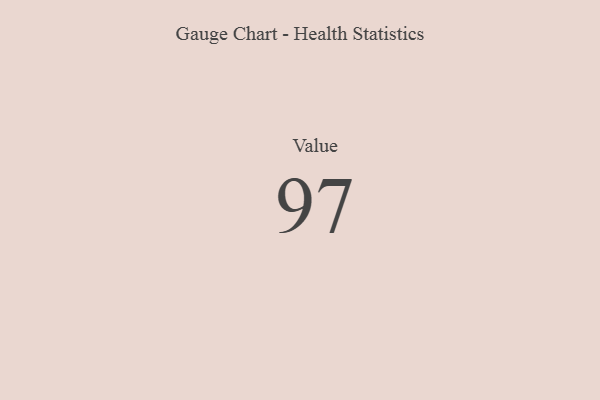
{"axis": {"x": "Metric", "y": "Value"}, "legend": [""], "data": [{"x": "Value", "y": 97, "type": ""}]}